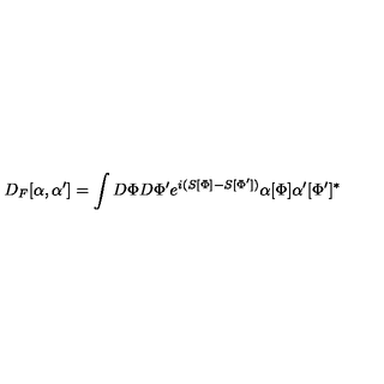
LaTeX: D _ { F } [ \alpha , \alpha ^ { \prime } ] = \int D \Phi D \Phi ^ { \prime } e ^ { i ( S [ \Phi ] - S [ \Phi ^ { \prime } ] ) } \alpha [ \Phi ] \alpha ^ { \prime } [ \Phi ^ { \prime } ] ^ { * }